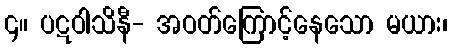
၄။ ပဋဝါသိနီ- အဝတ်ကြောင့်နေသော မယား၊